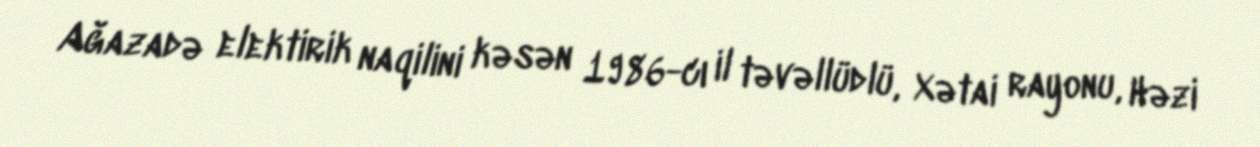
Ağazadə elektirik naqilini kəsən 1986-cı il təvəllüdlü, Xətai rayonu, Həzi